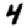
Digit: 4